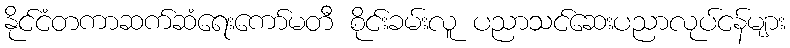
နိုင်ငံတကာဆက်ဆံရေးကော်မတီ စိုင်းခမ်းလူ ပညာသင်ဆေးပညာလုပ်ငန်များ